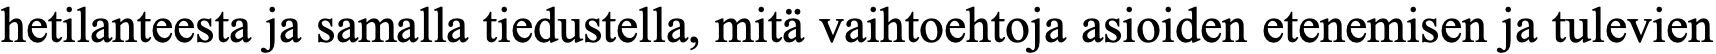
hetilanteesta ja samalla tiedustella, mitä vaihtoehtoja asioiden etenemisen ja tulevien